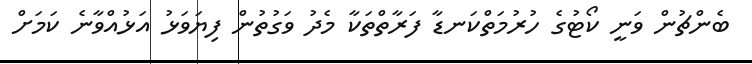
ބެންޗުން ވަނީ ކޯޓުގެ ހުރުމަތްކަނޑާ ފަރާތްތަކާ މެދު ވަގުތުން ފިޔަވަޅު އަޅުއްވާނެ ކަމަށް